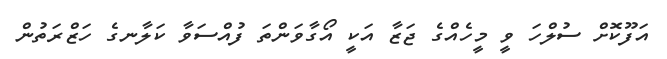
އަފޫކޮށް ސުލްހަ ވީ މީހެއްގެ ޖަޒާ އަކީ އޯގާވަންތަ ފުއްސަވާ ކަލާނގެ ހަޒްރަތުން